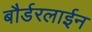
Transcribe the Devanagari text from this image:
बौर्डरलाईन